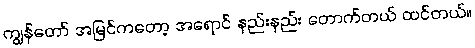
ကျွန်တော် အမြင်ကတော့ အရောင် နည်းနည်း တောက်တယ် ထင်တယ်။